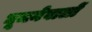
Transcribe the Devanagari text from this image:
घूमनेवालों